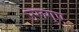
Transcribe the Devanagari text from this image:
उरूगुए